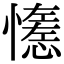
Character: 𢣖